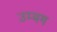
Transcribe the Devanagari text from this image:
उम्मग